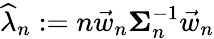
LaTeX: \widehat{\lambda}_{n}:=n\vec{w}_{n}\mathbf{\Sigma}_{n}^{-1}\vec{w}_{n}